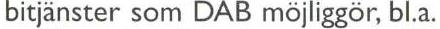
bitjänster som DAB möjliggör, bl.a.